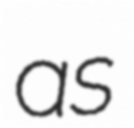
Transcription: as